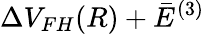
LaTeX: \Delta V_{FH}(R)+\bar{E}^{(3)}